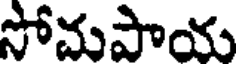
సోమపాయ